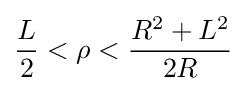
{\frac {L}{2}}<\rho <{R^{2}+L^{2} \over 2R}